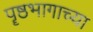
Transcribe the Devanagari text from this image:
पॄष्ठभागाच्या